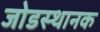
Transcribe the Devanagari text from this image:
जोडस्थानक